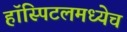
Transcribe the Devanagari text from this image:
हॉस्पिटलमध्येच